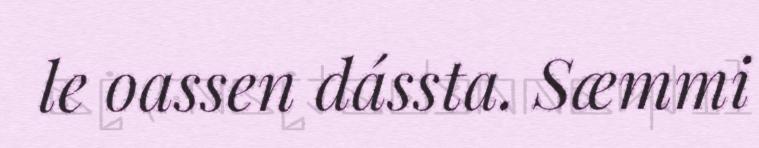
le oassen dássta. Sæmmi